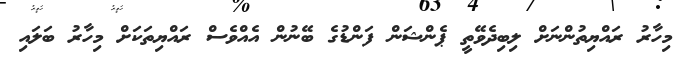
މިހާރު ރައްޔިތުންނަށް ލިބިދެވޭތީ ޕެންޝަން ފަންޑުގެ ބޭނުން އެއްވެސް ރައްޔިތަކަށް މިހާރު ބަލައި